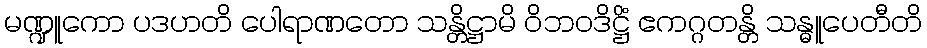
မဏ္ဍူကော ပဒဟတိ ပေါရာဏတော သန္တိဋ္ဌာမိ ဝိဘဝဒိဋ္ဌိံ ဧကဂ္ဂတန္တိ သန္ဓူပေတီတိ